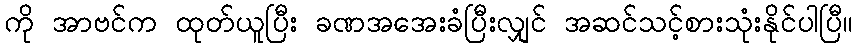
ကို အာဗင်က ထုတ်ယူပြီး ခဏအအေးခံပြီးလျှင် အဆင်သင့်စားသုံးနိုင်ပါပြီ။